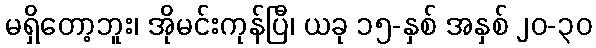
မရှိတော့ဘူး၊ အိုမင်းကုန်ပြီ၊ ယခု ၁၅-နှစ် အနှစ် ၂၀-၃၀